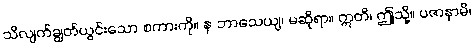
သိလျက်ချွတ်ယွင်းသော စကားကို။ န ဘာသေယျ၊ မဆိုရာ။ ဣတိ၊ ဤသို့။ ပဇာနာမိ၊